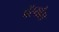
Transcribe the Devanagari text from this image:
पॅस्याँस